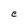
Character: e